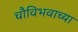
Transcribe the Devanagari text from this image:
चौविभवाच्या